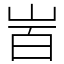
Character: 𡶾